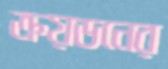
ক্রয়ডনের